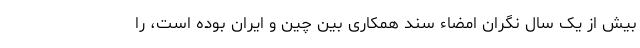
بیش از یک سال نگران امضاء سند همکاری بین چین و ایران بوده است، را